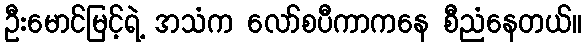
ဦးမောင်မြင့်ရဲ့ အသံက လော်စပီကာကနေ စီညံနေတယ်။